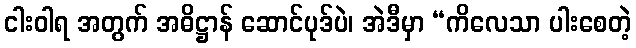
ငါးဝါရ အတွက် အဓိဋ္ဌာန် ဆောင်ပုဒ်ပဲ၊ အဲဒီမှာ “ကိလေသာ ပါးစေတဲ့